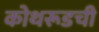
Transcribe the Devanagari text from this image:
कोथरूडची